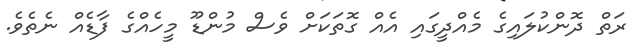
ރަތް ދޮންކުލައިގެ މެއްދީގައި އެއް ގޮތަކަށް ވެސް މުންޑޫ މީހެއްގެ ފާޑެއް ނެތެވެ.